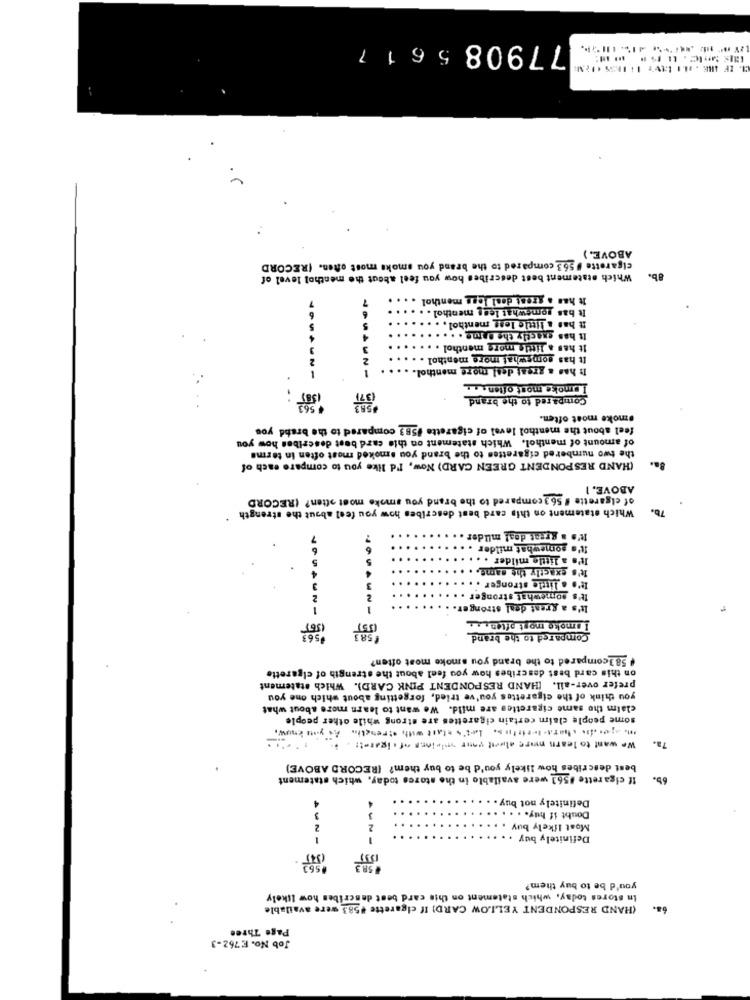
77908 56 1 7
ABOVE. )
cigarette # 563 compared to the brand you smoke most often. (RECORD
Which statement best describes how you feel about the menthol level of
8b.
7
It has a great deal less menthol . .. .
...
It has somewhat less menthol . .
6
It has a little less menthol. ....
It has exactly the Same . ...
It has a little more menthol . .
It has somewhat more menthol .
It has a great deal more menthol.
ISmoke most often ...
Compared to the brand
Smoke most often.
feel about the menthol level of cigarette #583 compared to the brand you
of amount of menthol. Which statement on this card best describes how you
the two numbered cigarettes to the brand you smoked most often in terme
(HAND RESPONDENT GREEN CARD) Now, I'd like you to compare each of
ABOVE, 1
of cigarette # 56 3 compared to the brand you smoke most often? (RECORD
Which statement on this card best describes how you feel about the strength
76.
It's a great deal milder ..
It's somewhat milder . .
It's a little milder . ..
It's exactly the same. .
4
It's a little stronger .
3
It's somewhat stronger .
It's a great deal stronger.
I smoke most often
Compared to the brand
# 58 3compared to the brand you smoke most often?
on this card best describes how you feel about the strength of cigarette
prefer over-all. [HAND RESPONDENT PINK CARD). Which statement
you think of the cigarettes you've tried, forgetting about which one you
claim the same cigarettes are mild. We want to learn more about what
some people claim certain cigarettes are strong while other people
in. aein chatstortitas. let's start with strengthn As you know,
We want to learn more about your visions of · igaret :.
best describes how likely you'd be to buy them? (RECORD ABOVE)
If cigarette 1563 were available in the storce today, which statement
65.
Definitely not buy .
Doubt if huty. . . . ..
2
Most likely buy .
1
Definitely buy .
you'd be to buy them?
In stores today, which statement on this card best describes how likely
(HAND RESPONDENT YELLOW CARD! If cigarette #583 were available
68.
Page Three
Job No. E 762-3